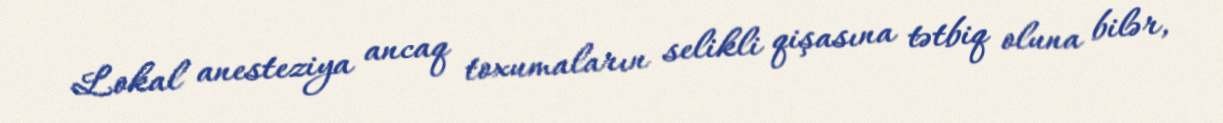
Lokal anesteziya ancaq toxumaların selikli qişasına tətbiq oluna bilər,